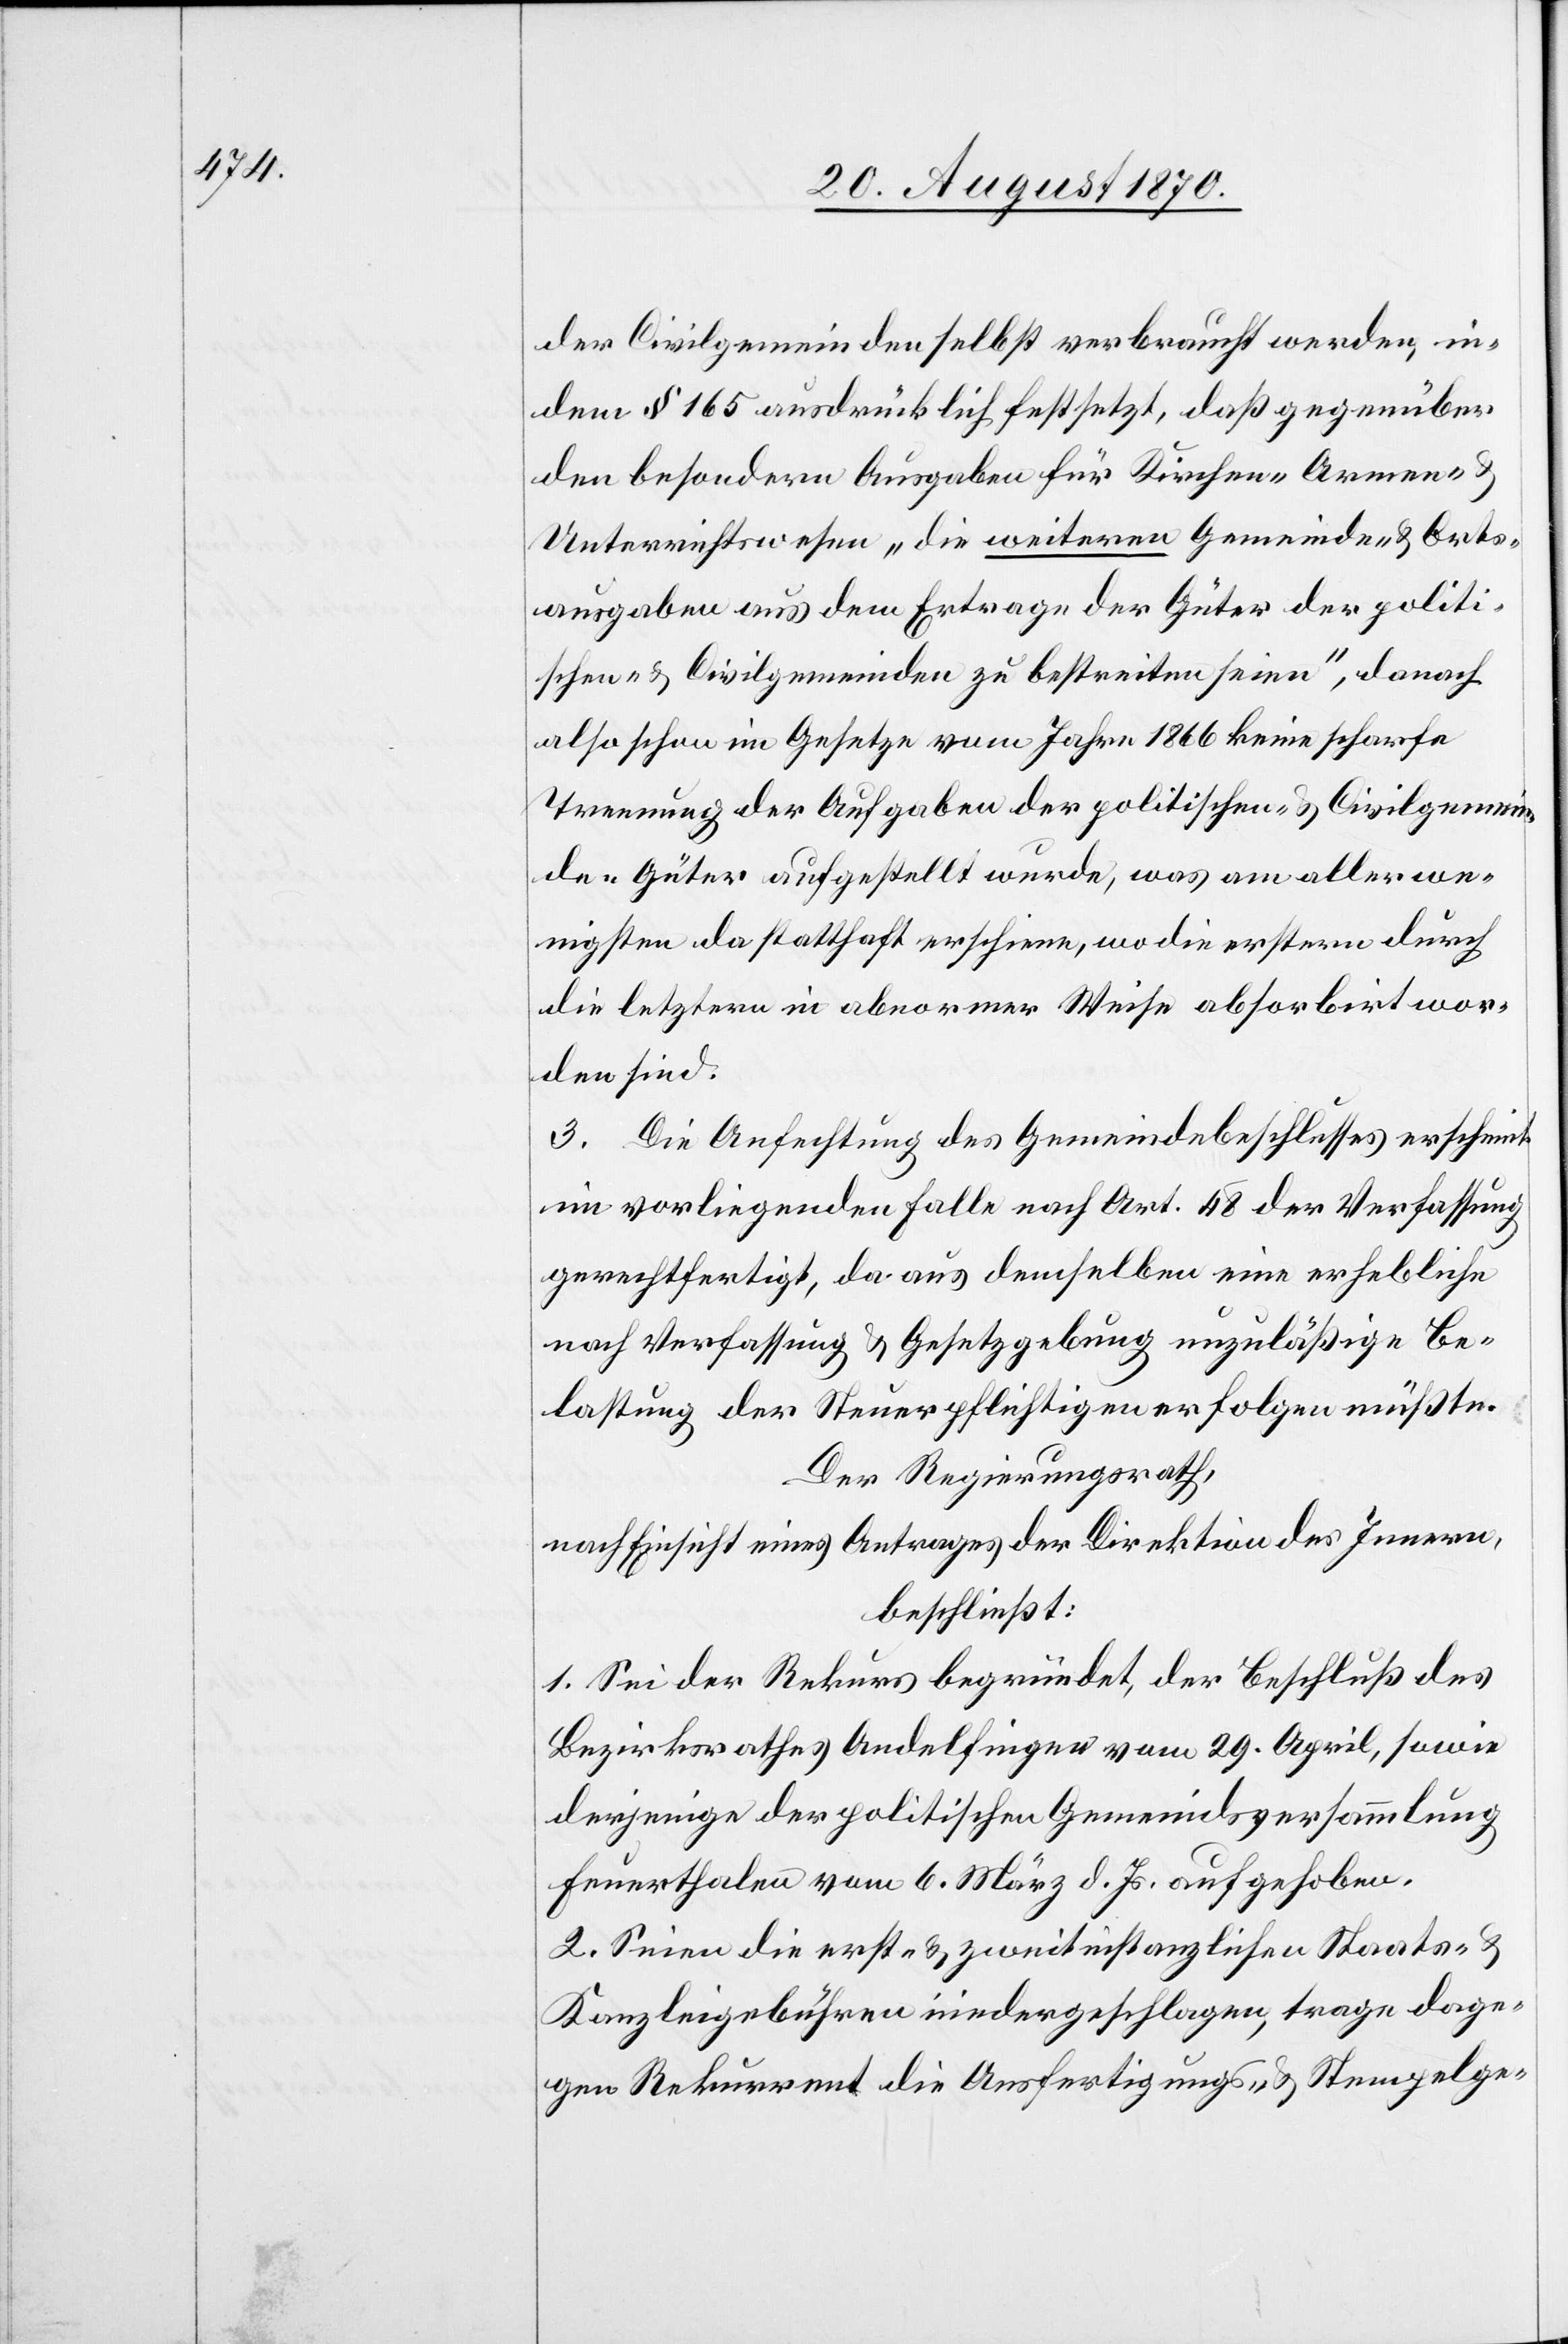
der Civilgemeinden selbst verbraucht werden, in¬
dem § 165 ausdrücklich festsetzt, daß gegenüber
den besonderen Ausgaben für Kirchen- Armen- &
Unterrichtswesen „die weiteren Gemeinde- & Orts¬
ausgaben aus dem Ertrage der Güter der politi¬
schen- & Civilgemeinden zu bestreiten seien“, danach
also schon im Gesetze vom Jahr 1866 keine scharfe
Trennung der Aufgaben der politischen- & Civilgemein¬
de-Güter aufgestellt wurde, was am allerwe¬
nigsten da statthaft erschiene [sic!], wo die erstern durch
die letztern in abnormer Weise absorbirt wor¬
den sind.
3. Die Anfechtung des Gemeindebeschlusses erscheint
im vorliegenden Falle nach Art. 48 der Verfassung
gerechtfertigt, da aus demselben eine erhebliche
nach Verfassung & Gesetzgebung unzuläßige Be¬
lastung der Steuerpflichtigen erfolgen müßten.
Der Regierungsrath,
nach Einsicht eines Antrages der Direktion des Innern,
beschließt:
1. Sei der Rekurs begründet, der Beschluß des
Bezirksrathes Andelfingen vom 29. April, sowie
derjenige der politischen Gemeindsversammlung
Feuerthalen vom 6. März d. Js. aufgehoben.
2. Seien die erst- & zweitinstanzlichen Staats- &
Kanzleigebühren niedergeschlagen, trage dage¬
gen Rekurrent die Ausfertigungs- & Stempelge-